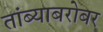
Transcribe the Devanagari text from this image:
तांब्याबरोबर